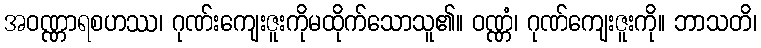
အဝဏ္ဏာရစဟဿ၊ ဂုဏ်းကျေးဇူးကိုမထိုက်သောသူ၏။ ဝဏ္ဏံ၊ ဂုဏ်ကျေးဇူးကို။ ဘာသတိ၊